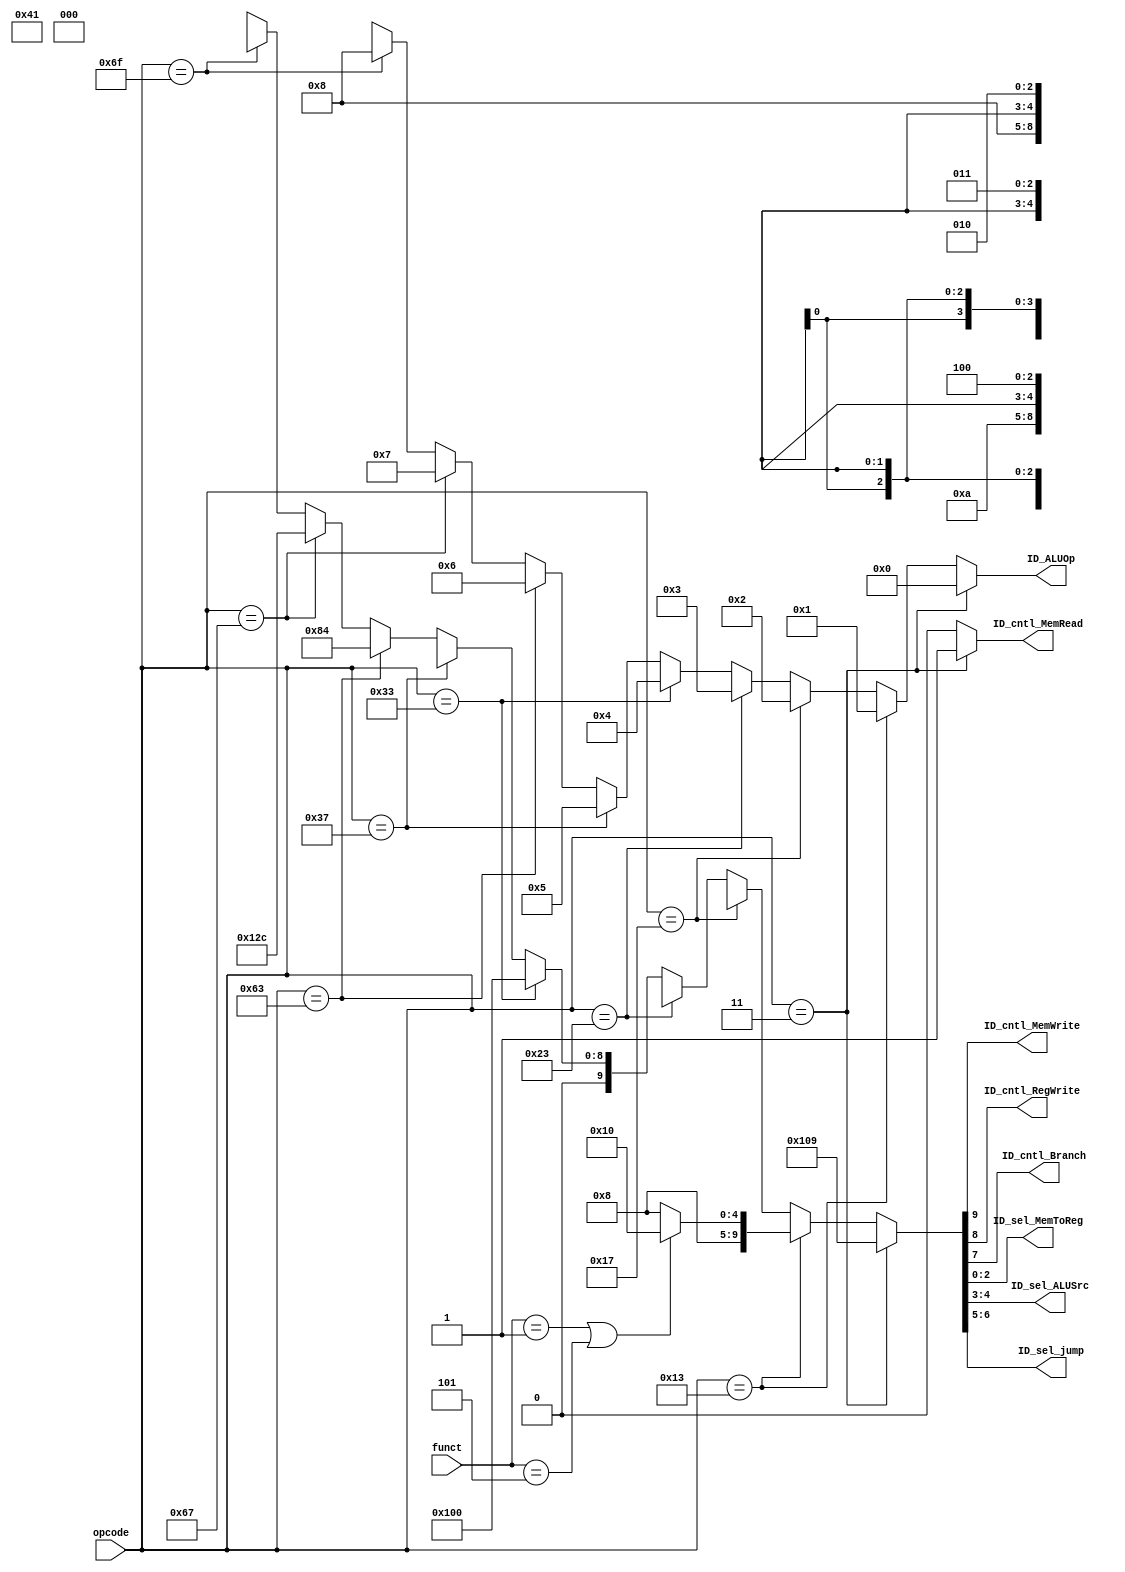
`timescale 1ns / 1ps
//////////////////////////////////////////////////////////////////////////////////
// Company: 
// Engineer: 
// 
// Design Name: 
// Module Name: ControlUnit
// Project Name: 
// Target Devices: 
// Tool Versions: 
// Description: 
// 
// Dependencies: 
// 
// Revision:
// Revision 0.01 - File Created
// Additional Comments:
// 
//////////////////////////////////////////////////////////////////////////////////


module ControlUnit(
    input [2:0] funct,
    input [6:0] opcode,
    output ID_cntl_MemWrite,
    output ID_cntl_MemRead,
    output ID_cntl_RegWrite,
    output ID_cntl_Branch,
    output [2:0] ID_sel_MemToReg,      //000: ALUResult, 001: DMemReadData_width, 010: immediate, 011: branchAddr, 100: PC + 4
    output [1:0] ID_sel_ALUSrc,        //00: ReadData2, 01: immediate, 10: shamt
    output [1:0] ID_sel_jump,			//01: JALR, 10: JAL
    output [3:0] ID_ALUOp
    );
    assign ID_cntl_MemRead = (opcode == 7'b000_0011) ? 1'b1 : 1'b0;
    assign {ID_cntl_MemWrite, ID_cntl_RegWrite, ID_cntl_Branch, ID_sel_jump, ID_sel_ALUSrc, ID_sel_MemToReg} =  (opcode == 7'b000_0011) ? {1'b0, 1'b1, 1'b0, 2'b00, 2'b01, 3'b001} : 
                                                                                                                (opcode == 7'b001_0011) ? (funct == 3'b001 || funct == 3'b101) ? {1'b0, 1'b1, 1'b0, 2'b00, 2'b10, 3'b000} : {1'b0, 1'b1, 1'b0, 2'b00, 2'b01, 3'b000} : 
                                                                                                                (opcode == 7'b001_0111) ? {1'b0, 1'b1, 1'b0, 2'b00, 2'bxx, 3'b011} : 
                                                                                                                (opcode == 7'b010_0011) ? {1'b1, 1'b0, 1'b0, 2'b00, 2'b01, 3'bxxx} : 
                                                                                                                (opcode == 7'b011_0011) ? {1'b0, 1'b1, 1'b0, 2'b00, 2'b00, 3'b000} :
                                                                                                                (opcode == 7'b011_0111) ? {1'b0, 1'b1, 1'b0, 2'b00, 2'bxx, 3'b010} :
                                                                                                                (opcode == 7'b110_0011) ? {1'b0, 1'b0, 1'b1, 2'b00, 2'b00, 3'b100} :
                                                                                                                (opcode == 7'b110_0111) ? {1'b0, 1'b1, 1'b0, 2'b01, 2'b01, 3'b100} :
                                                                                                                (opcode == 7'b110_1111) ? {1'b0, 1'b1, 1'b0, 2'b10, 2'bxx, 3'b100} : 6'bxx_xxxx;
    
    assign ID_ALUOp =  	(opcode == 7'b000_0011) ? 4'b0000 : 
                    	(opcode == 7'b001_0011) ? 4'b0001 : 
                    	(opcode == 7'b001_0111) ? 4'b0010 : 
                    	(opcode == 7'b010_0011) ? 4'b0011 : 
                    	(opcode == 7'b011_0011) ? 4'b0100 :
                    	(opcode == 7'b011_0111) ? 4'b0101 :
                    	(opcode == 7'b110_0011) ? 4'b0110 :
                    	(opcode == 7'b110_0111) ? 4'b0111 :
                    	(opcode == 7'b110_1111) ? 4'b1000 : 4'bxxxx;
    
endmodule